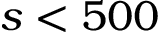
s < 5 0 0